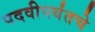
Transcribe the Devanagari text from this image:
पदवीपर्यंतचेे